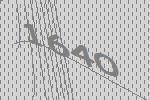
1640